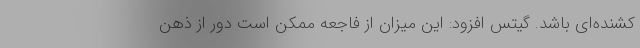
کشنده‌ای باشد. گیتس افزود: این میزان از فاجعه ممکن است دور از ذهن